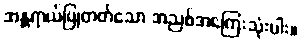
အန္တရာယ်ပြုတတ်သော အညစ်အကြေးသုံးပါး။